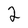
Character: 2